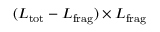
( L _ { \mathrm { t o t } } - L _ { \mathrm { f r a g } } ) \times L _ { \mathrm { f r a g } }